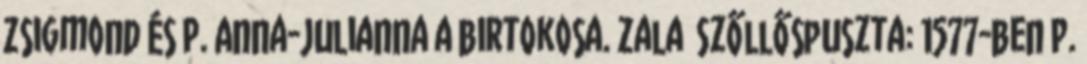
Zsigmond és P. Anna-Julianna a birtokosa. Zala Szőllőspuszta: 1577-ben P.